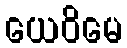
ယေဝိမေ